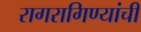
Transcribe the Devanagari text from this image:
रागरागिण्यांची